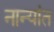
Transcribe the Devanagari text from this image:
नान्यांत